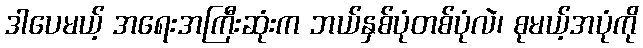
ဒါပေမယ့် အရေးအကြီးဆုံးက ဘယ်နှစ်ပုံတစ်ပုံလဲ၊ စုမယ့်အပုံကို